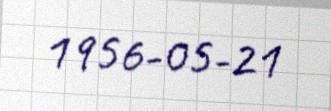
1956-05-21